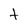
Character: t